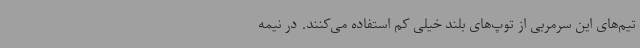
تیم‌های این سرمربی از توپ‌های بلند خیلی کم استفاده می‌کنند. در نیمه